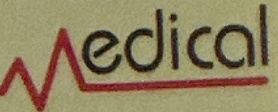
Medical